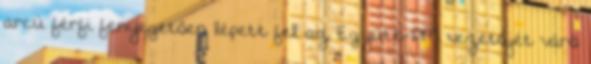
arcú férfi fenyegetően lépett fel az Együtt-PM vezetőjét váró